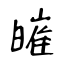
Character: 皠